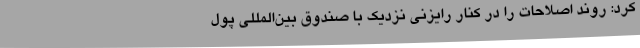
کرد: روند اصلاحات را در کنار رایزنی نزدیک با صندوق بین‌المللی پول